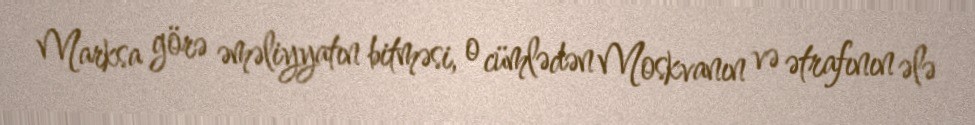
Marksa görə əməliyyatın bitməsi, o cümlədən Moskvanın və ətrafının ələ